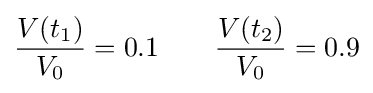
{\frac {V(t_{1})}{V_{0}}}=0.1\qquad {\frac {V(t_{2})}{V_{0}}}=0.9